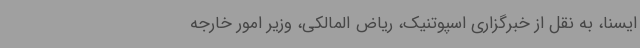
ایسنا، به نقل از خبرگزاری اسپوتنیک، ریاض المالکی، وزیر امور خارجه